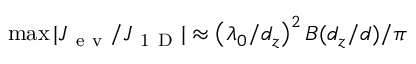
\operatorname* { m a x } | J _ { \mathrm { ~ e ~ v ~ } } / J _ { \mathrm { ~ 1 ~ D ~ } } | \approx \left( \lambda _ { 0 } / d _ { z } \right) ^ { 2 } B ( d _ { z } / d ) / \pi